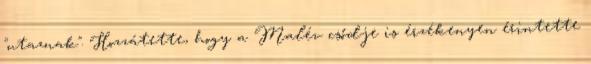
"utaznak". Hozzátette, hogy a Malév csődje is érzékenyen érintette